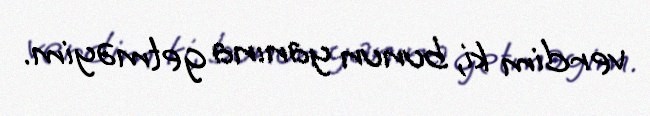
verdim ki, bunun yanına getməyim.